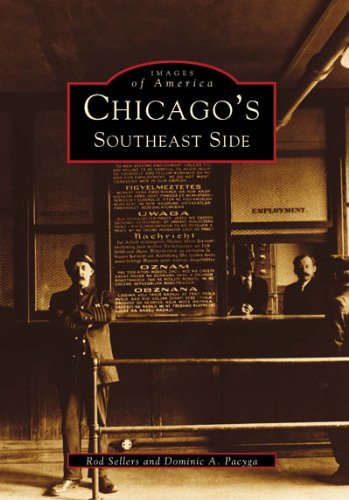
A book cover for Chicago's Southeast Side (Images of America); Rod Sellers; Travel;